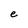
Character: e